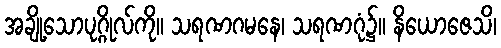
အချို့သောပုဂ္ဂိုလ်ကို။ သရဏဂမနေ၊ သရဏဂုံ၌။ နိယောဇေသိ၊